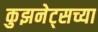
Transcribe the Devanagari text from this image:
कुझनेट्सच्या